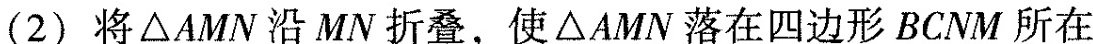
(2)将△AMN沿MN折叠，使△AMN落在四边形BCNM所在